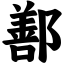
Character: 鄯